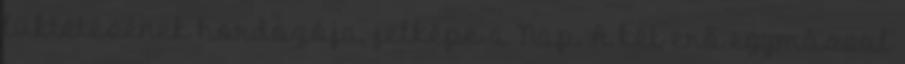
lüktetésének hordozója, jelképe a Nap. A két erő egymással